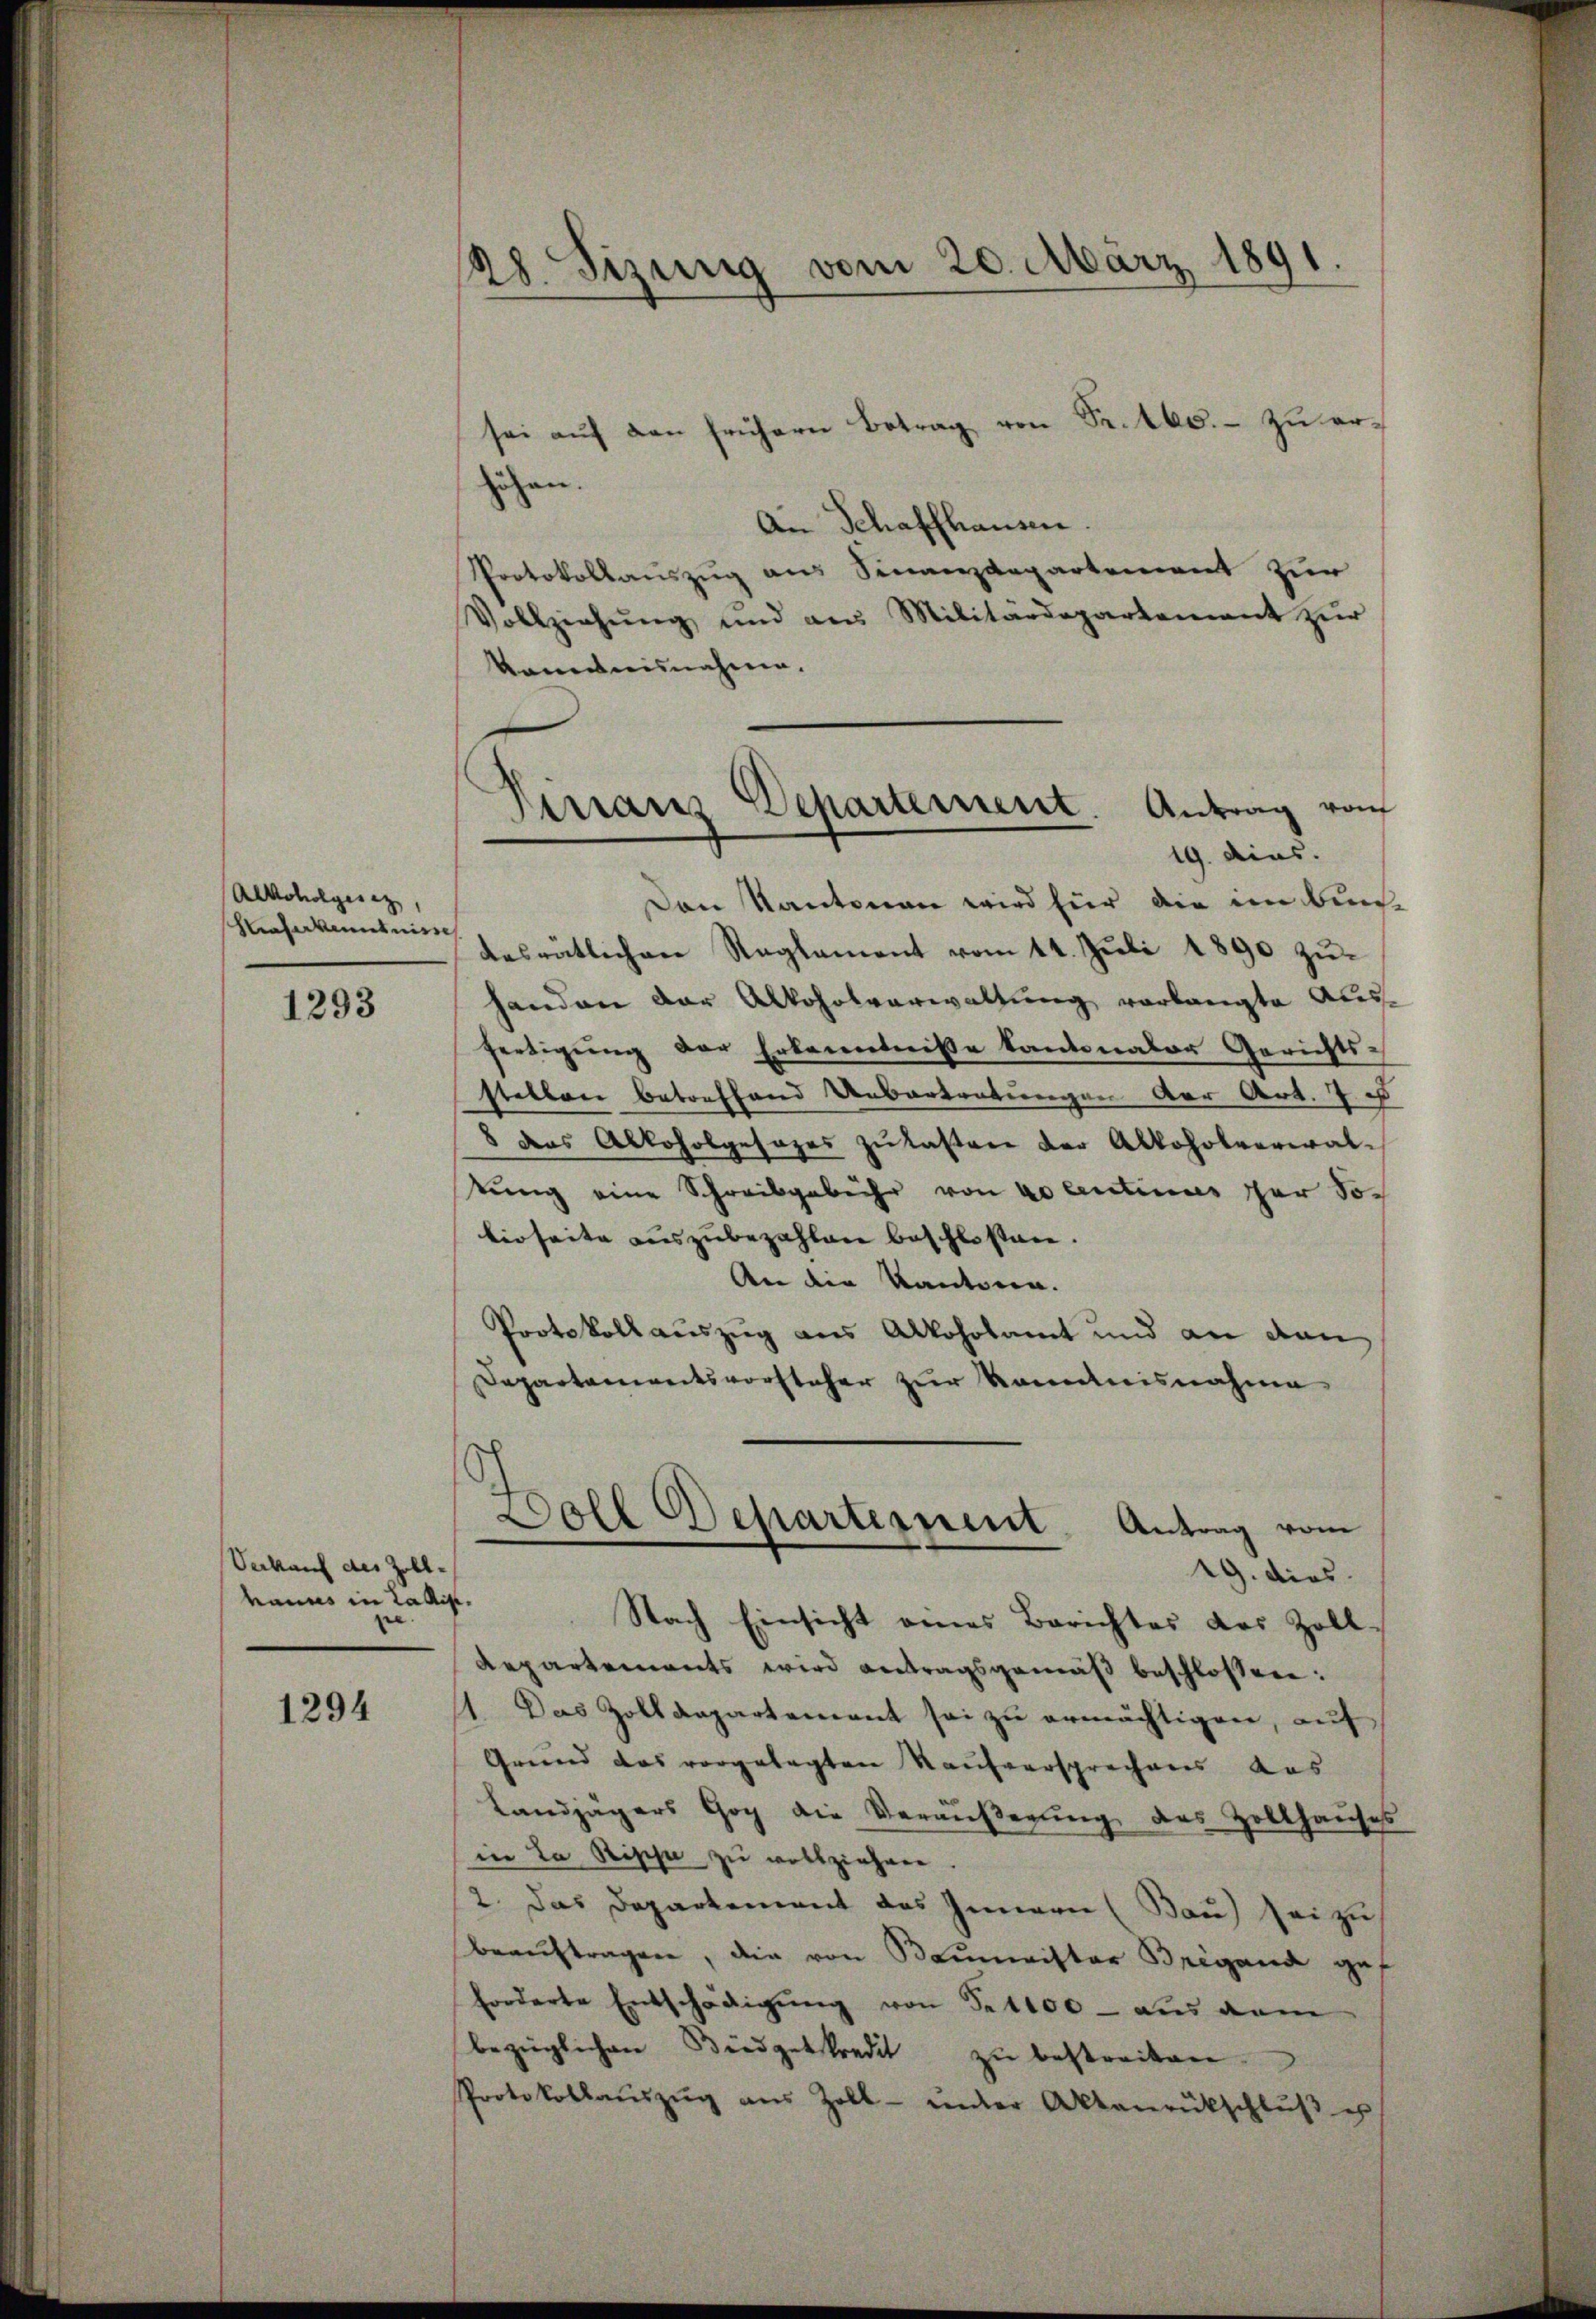
Alkoholgesetz
Kraterkenntnisse

1293

Verkauf des Zoll-
hauns in Ratif.

1294

28. Sizung vom 20. März 1891.

Finanz Departement. Antrag von
19. dies.

sei auf den frühern Betrag von Protes. - zu erzehen.
An Schaffhausen
Protokollauszug aus Sinanzdepartement zur
Vollziehŭng und an Militärdepartement zur
kanntnisnahme.
Den Kantonen wird für die im Bun
desrätlichen Reglement vom 11. Juli 1890 zŭ-
handen der Alkoholverwaltung vorlangte Ausfertigung der Erkenntnisse kantonaler Gerichts-
stellen betreffend Uebertretungen der Art. 7. e
8 das Alkoholgesages zŭ lasten der Alkoholverwal-
tung eine Schreibgebühr von docentinus per Sobioseite auszubezahlen beschlosten.
An die Kantonen.
Protokollauszug aus Alkoholamt und an dan
Departementsvorsteher zur Kenntnisnahme
Doll Departernent Antrag vom
19. dies
Nach Einsicht eines Berichtes das Zoll-
Repartements wird antragsgemäβ beschlossen:
11. Das Zolldepartement sei zu ermächtigen, auf
Grund das vorgelegten Kaufversprechens das
Landjägers Gog die Veräußerung des Zollhauses
in La Rische zu vollziehen
2. Das Departement des Innern (Bau) Heizu
beauftragen, die von Baumeister Brigand gef
forderte Entschädigung von S. 1100 - aus dem
bezüglichen Büdgetkredit zŭ bestreiten.
Protokollaŭszŭg aŭs Zoll- unter Aktenrückschlŭβ u